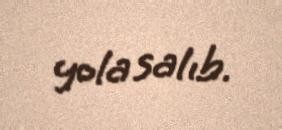
yola salıb.